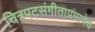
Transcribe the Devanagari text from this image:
चित्रपटसंगीताप्रमाणेच